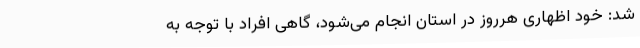
شد: خود اظهاری هرروز در استان انجام می‌شود، گاهی افراد با توجه به